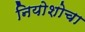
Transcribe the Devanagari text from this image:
नियोशोचा